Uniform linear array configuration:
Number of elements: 8
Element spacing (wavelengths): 1
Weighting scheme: cosine
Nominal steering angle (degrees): -30
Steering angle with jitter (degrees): -31.162
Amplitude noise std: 0.05
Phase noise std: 0.05

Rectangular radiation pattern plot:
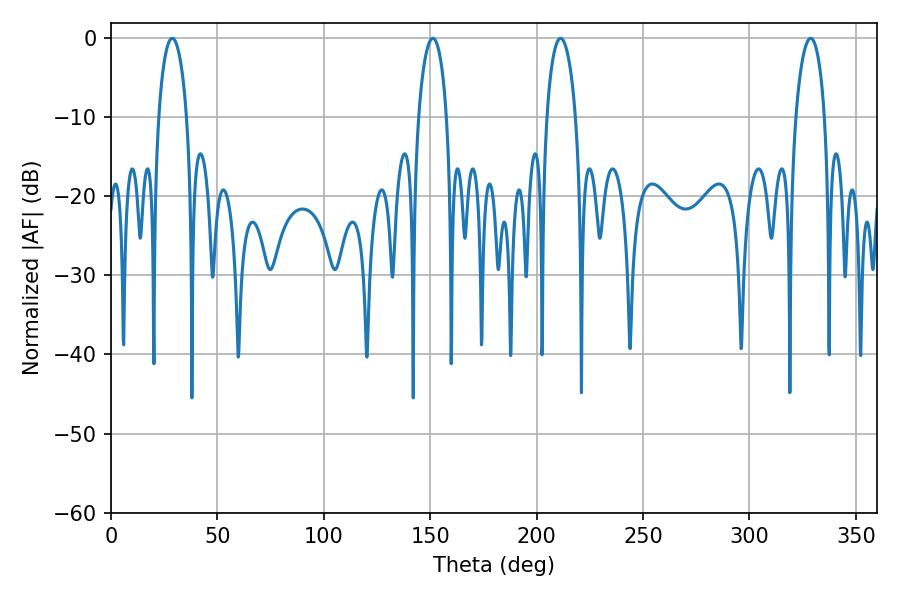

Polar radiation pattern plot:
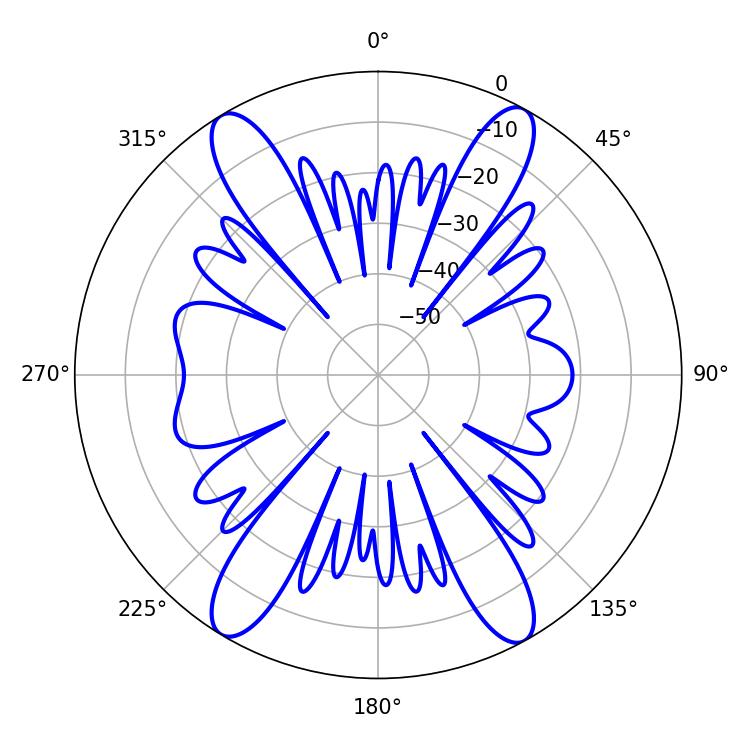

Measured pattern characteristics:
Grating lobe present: TRUE
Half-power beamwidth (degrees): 7.56
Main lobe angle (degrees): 28.8